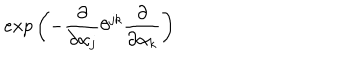
e x p \left( - \frac { \partial } { \partial \alpha _ { j } } \theta ^ { j k } \frac { \partial } { \partial \alpha _ { k } } \right)